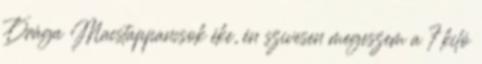
Drága Macstappancsok éke, én szivesen megeszem a 7 kiló